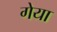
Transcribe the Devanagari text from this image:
गेया